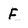
Character: F